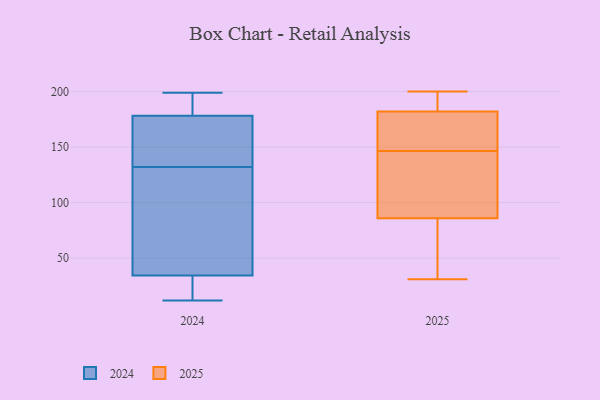
{"axis": {"x": "Operating Costs (USD K)", "y": "Value"}, "legend": ["2024", "2025"], "data": [{"x": "", "y": 16, "type": "2024"}, {"x": "", "y": 176, "type": "2024"}, {"x": "", "y": 21, "type": "2024"}, {"x": "", "y": 60, "type": "2024"}, {"x": "", "y": 183, "type": "2024"}, {"x": "", "y": 136, "type": "2024"}, {"x": "", "y": 81, "type": "2024"}, {"x": "", "y": 144, "type": "2024"}, {"x": "", "y": 12, "type": "2024"}, {"x": "", "y": 179, "type": "2024"}, {"x": "", "y": 26, "type": "2024"}, {"x": "", "y": 62, "type": "2024"}, {"x": "", "y": 199, "type": "2024"}, {"x": "", "y": 132, "type": "2024"}, {"x": "", "y": 183, "type": "2024"}, {"x": "", "y": 106, "type": "2025"}, {"x": "", "y": 134, "type": "2025"}, {"x": "", "y": 195, "type": "2025"}, {"x": "", "y": 181, "type": "2025"}, {"x": "", "y": 70, "type": "2025"}, {"x": "", "y": 159, "type": "2025"}, {"x": "", "y": 86, "type": "2025"}, {"x": "", "y": 108, "type": "2025"}, {"x": "", "y": 31, "type": "2025"}, {"x": "", "y": 182, "type": "2025"}, {"x": "", "y": 200, "type": "2025"}, {"x": "", "y": 179, "type": "2025"}, {"x": "", "y": 78, "type": "2025"}, {"x": "", "y": 191, "type": "2025"}]}